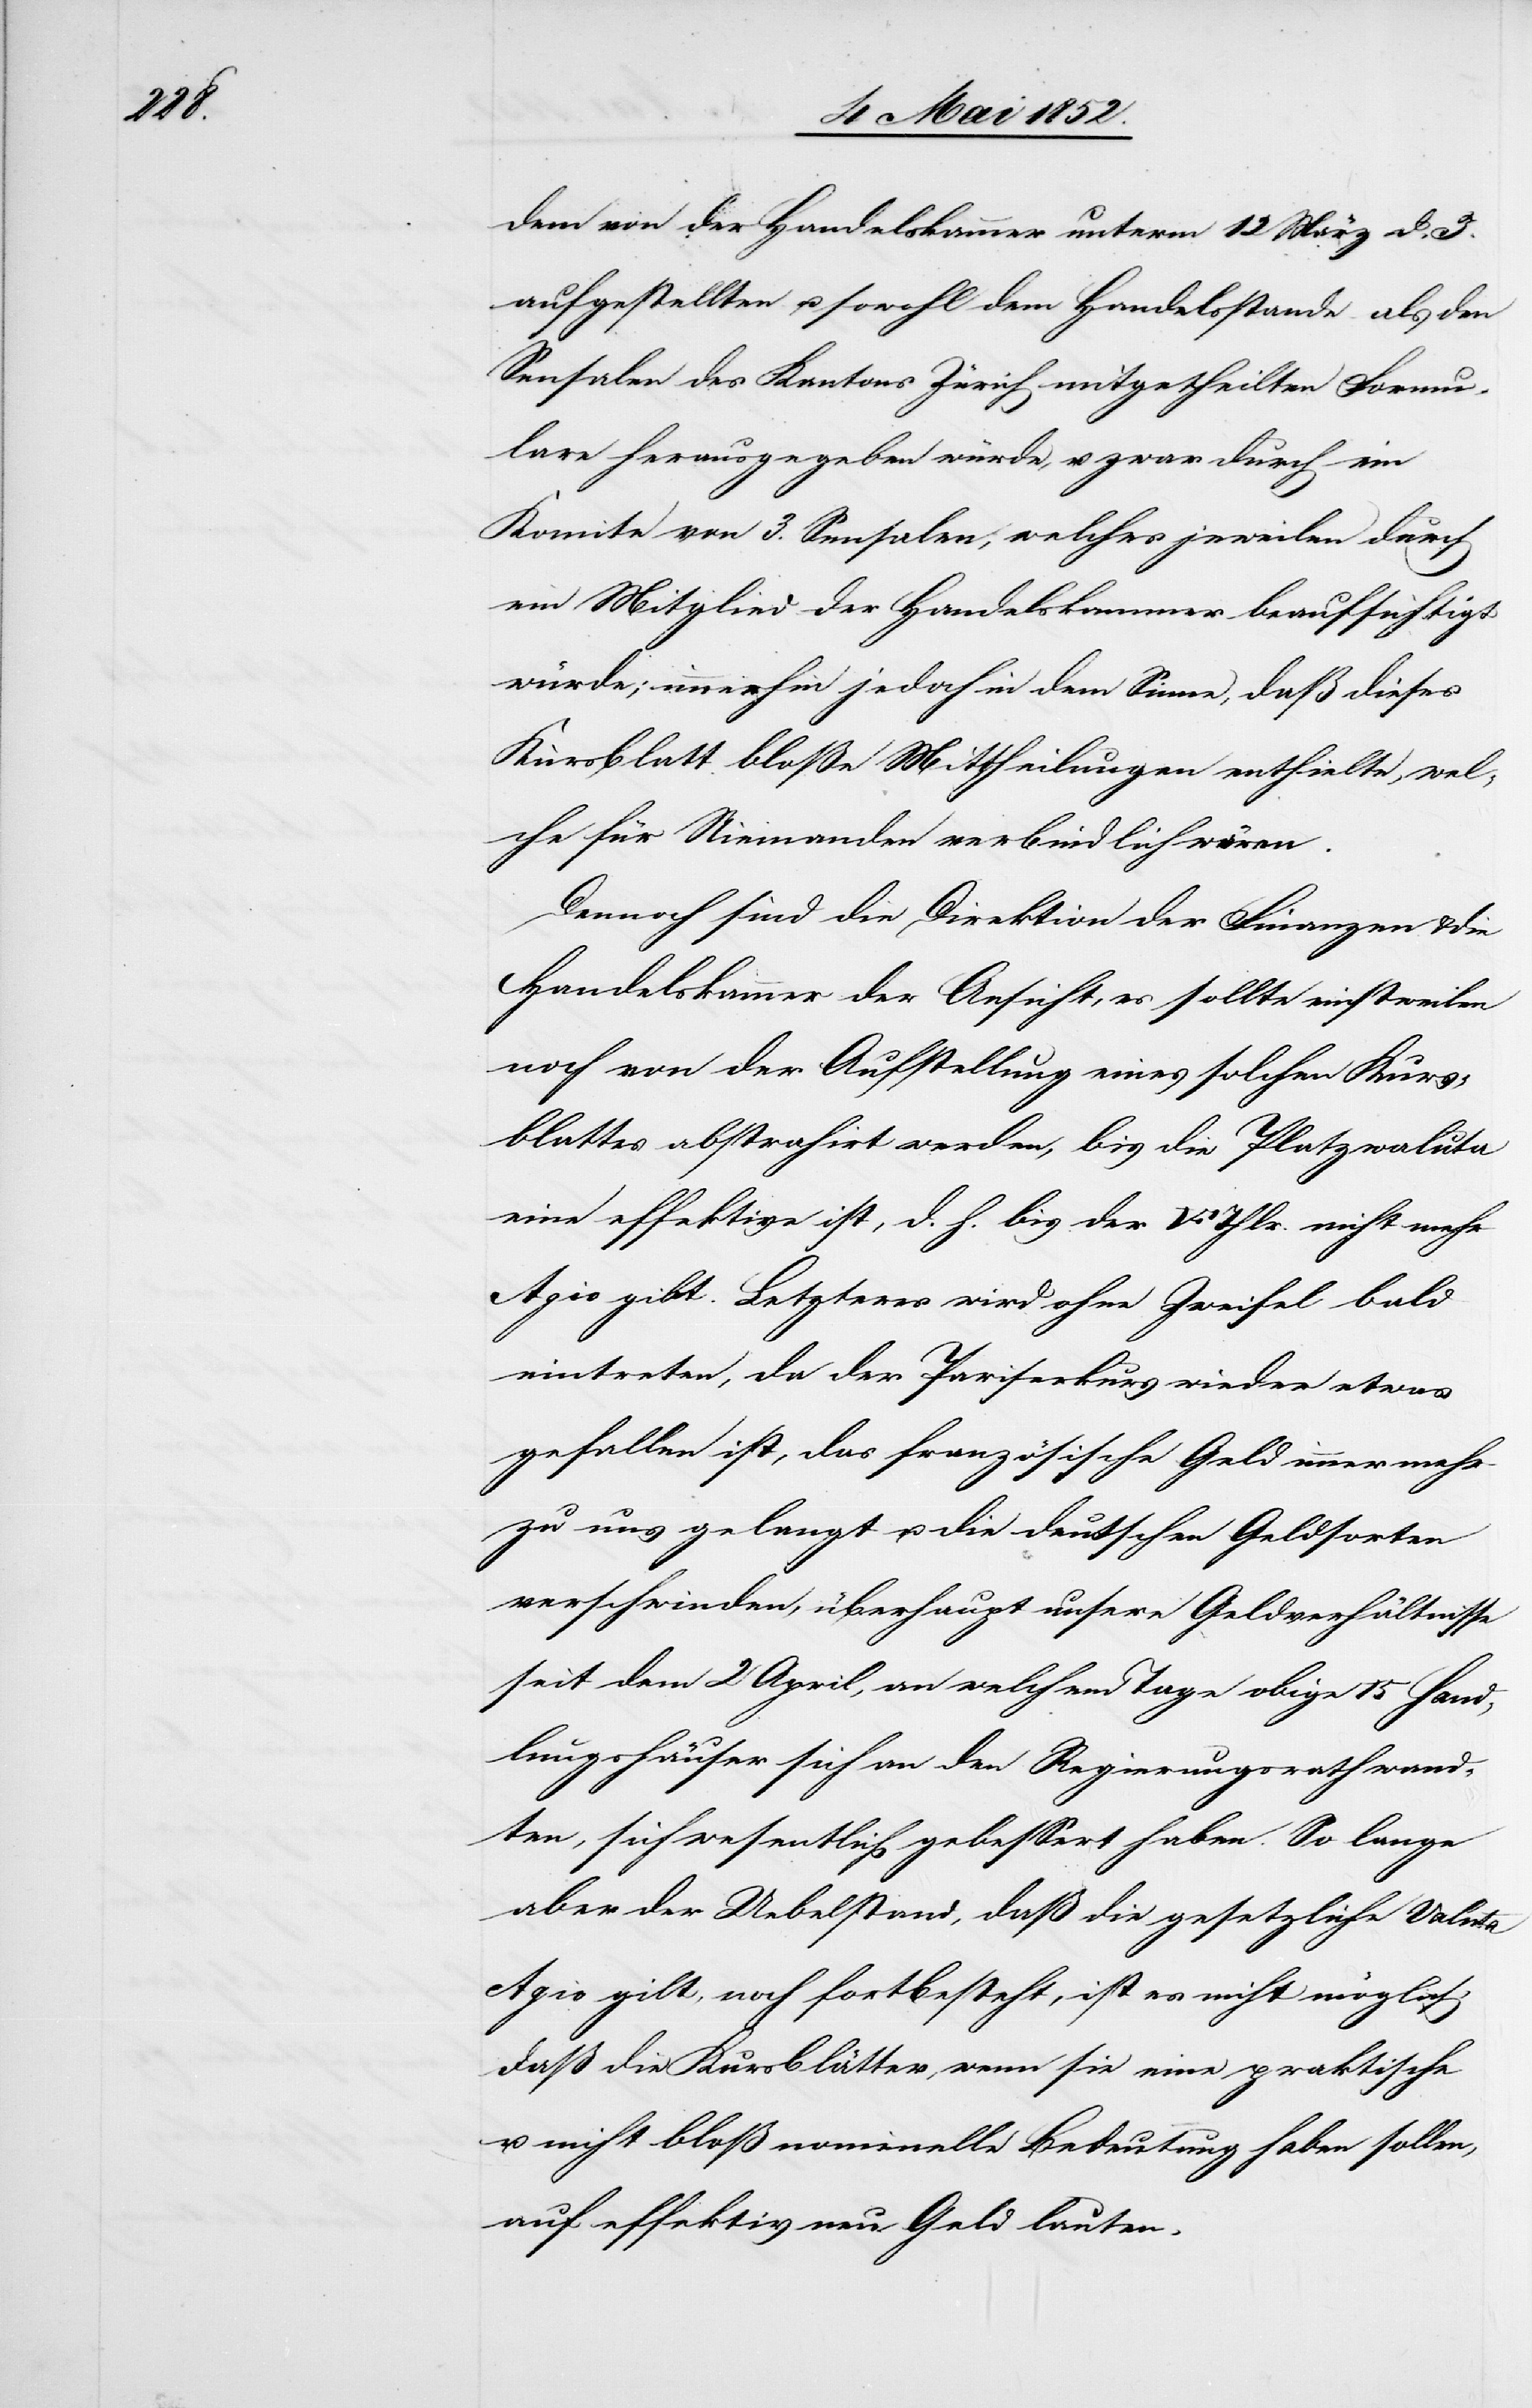
dem von der Handelskammer unterm 12 März d. J.
aufgestellten u. sowohl dem Handelsstande als den
Sensalen des Kantons Zürich mitgetheilten Formu¬
lare herausgegeben würde, u. zwar durch ein
Komite von 3. Sensalen, welches jeweilen durch
ein Mitglied der Handelskammer beaufsichtigt
würde; immerhin jedoch in dem Sinne, daß dieses
Kursblatt bloße Mittheilungen enthielte, wel¬
che für Niemanden verbindlich wären.
Dennoch sind die Direktion der Finanzen & die
Handelskammer der Ansicht, es sollte einstweilen
noch von der Aufstellung eines solchen Kurs¬
blattes abstrahirt werden, bis die Platzwaluta
eine effektive ist, d. h. bis der [Fünffranken]Thlr. nicht
Agio gilt. Letzteres wird ohne Zweifel bald
eintreten, da der Pariserkurs wieder etwas
gefallen ist, das französische Geld immer mehr
zu uns gelangt u. die deutschen Geldsorten
verschwinden, überhaupt unsere Geldverhältnisse
seit dem 2 April, an welchem Tage obige 15 Hand¬
lungshäuser sich an den Regierungsrath wand¬
ten, sich wesentlich gebessert haben. So lange
aber der Uebelstand, daß die gesetzliche Valuta
Agio gilt, noch fortbesteht, ist es nicht möglich,
daß die Kursblätter, wenn sie eine praktische
u. nicht bloß nominelle Bedeutung haben sollen,
auf effektiv neu Geld lauten.